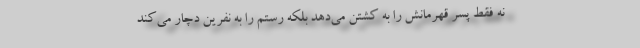
نه فقط پسر قهرمانش را به کشتن می‌دهد بلکه رستم را به نفرین دچار می‌کند